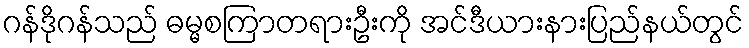
ဂန်ဒိုဂန်သည် ဓမ္မစကြာတရားဦးကို အင်ဒီယားနားပြည်နယ်တွင်